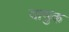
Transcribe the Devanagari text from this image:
वामुक